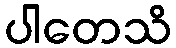
ပါတေသိ